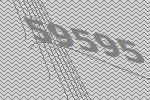
59595